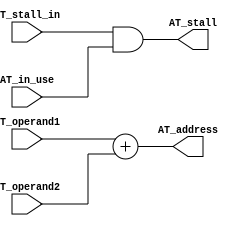
module AT #(parameter ADDRESS_SIZE=32, OPERAND_SIZE=32)(
    input [OPERAND_SIZE-1:0] AT_operand1,
    input [OPERAND_SIZE-1:0] AT_operand2,

    output [ADDRESS_SIZE-1:0] AT_address,
    
    input AT_stall_in,
    output AT_stall,
    input AT_in_use);

    assign AT_address = AT_operand1+AT_operand2;

    assign AT_stall = AT_stall_in && AT_in_use;

endmodule